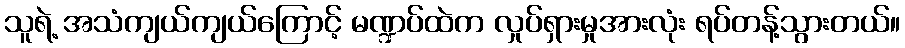
သူရဲ့ အသံကျယ်ကျယ်ကြောင့် မဏ္ဍပ်ထဲက လှုပ်ရှားမှုအားလုံး ရပ်တန့်သွားတယ်။